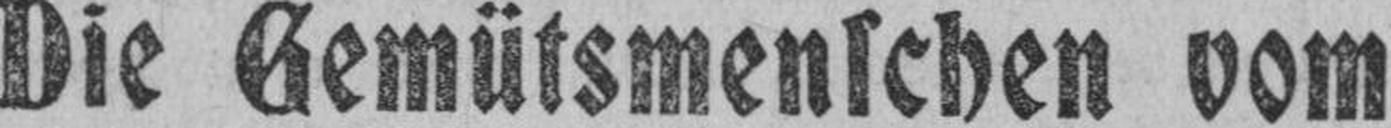
Die Gemütsmenschen vom